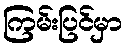
ကြမ်းပြင်မှာ